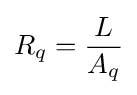
R_{q}={\frac {L}{A_{q}}}